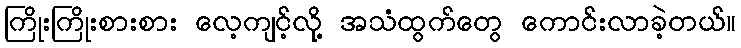
ကြိုးကြိုးစားစား လေ့ကျင့်လို့ အသံထွက်တွေ ကောင်းလာခဲ့တယ်။